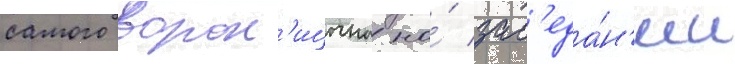
самого ворон'ицына на́ зас'еда́н'ии